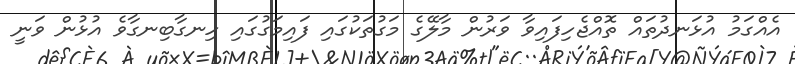
އެއްގަމު އުޅަނދުތައް ތޮއްޖެހިފައިވާ ވަރުން މާލޭގެ މަގުތަކުގައި ފައިމަގުގައި ހިނގާބިނގާވެ އުޅުން ވަނީ